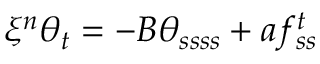
\xi ^ { n } \theta _ { t } = - B \theta _ { s s s s } + a f _ { s s } ^ { t }